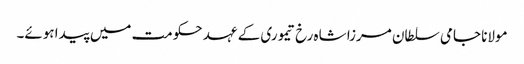
مولانا جامی سلطان مرزا شاہ رخ تیموری کے عہد حکومت میں پیدا ہوئے۔